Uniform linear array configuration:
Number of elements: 48
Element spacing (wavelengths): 0.25
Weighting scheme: hann
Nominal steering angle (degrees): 60
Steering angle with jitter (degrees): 60.001
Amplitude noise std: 0.05
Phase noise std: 0.05

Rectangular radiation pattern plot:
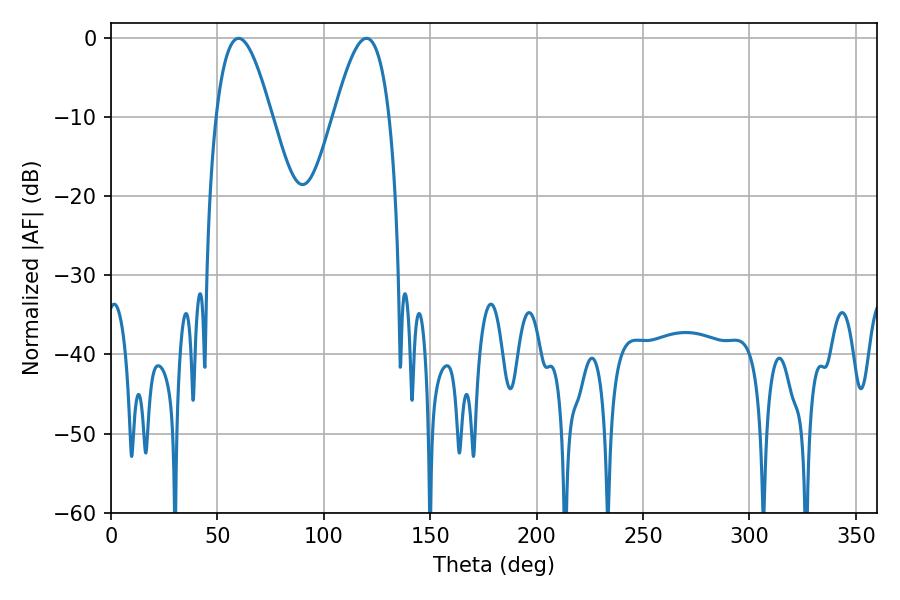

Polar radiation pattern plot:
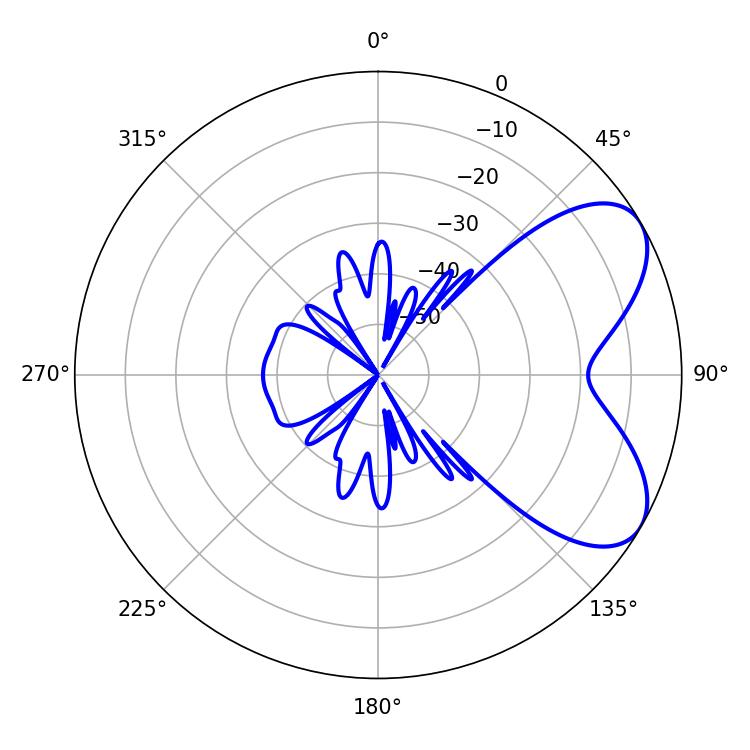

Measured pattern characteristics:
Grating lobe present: FALSE
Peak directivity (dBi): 6.246
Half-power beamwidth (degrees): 14.22
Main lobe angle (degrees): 59.94